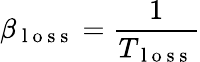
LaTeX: \beta_{\mathrm{~l~o~s~s~}}=\frac{1}{T_{\mathrm{~l~o~s~s~}}}